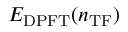
E _ { \mathrm { D P F T } } ( n _ { \mathrm { T F } } )